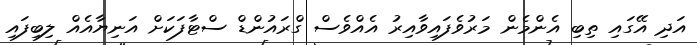
އަދި އޭގައި ތިބި އެންމެން މަރުވެފައިވާއިރު އެއްވެސް ގްރައުންޑް ސްޓާފަކަށް އަނިޔާއެއް ލިބިފައި